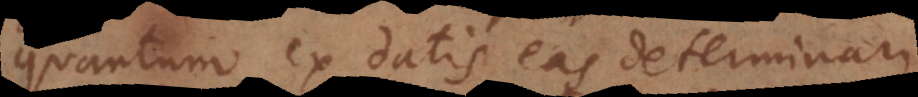
quantum ex datis eas determinari